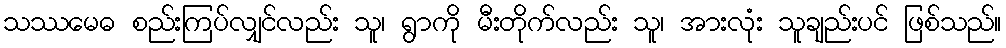
သဿမေဓ စည်းကြပ်လျှင်လည်း သူ၊ ရွာကို မီးတိုက်လည်း သူ၊ အားလုံး သူချည်းပင် ဖြစ်သည်။